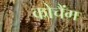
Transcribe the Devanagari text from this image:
कोचैंग